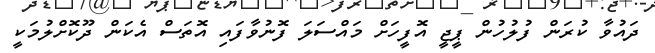
ދައުވާ ކުރަން ފުލުހުން ޕީޖީ އޮފީހަށް މައްސަލަ ފޮނުވާފައި އޮތަސް އެކަން ދޫކޮށްލުމަކީ